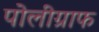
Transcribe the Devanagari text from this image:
पोलीग्राफ